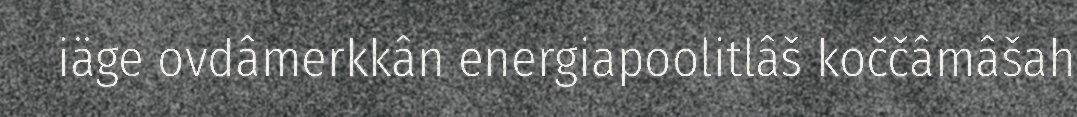
iäge ovdâmerkkân energiapoolitlâš koččâmâšah